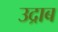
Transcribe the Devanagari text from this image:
उद्राब